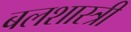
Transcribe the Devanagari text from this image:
बलशास्त्री